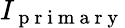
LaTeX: I_{\mathrm{~p~r~i~m~a~r~y~}}